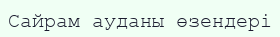
Сайрам ауданы өзендері